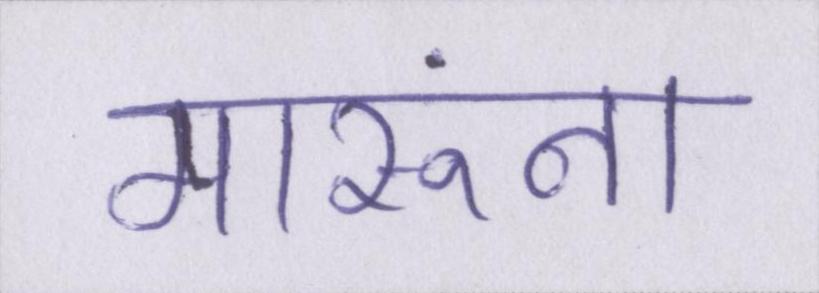
मारूंगा